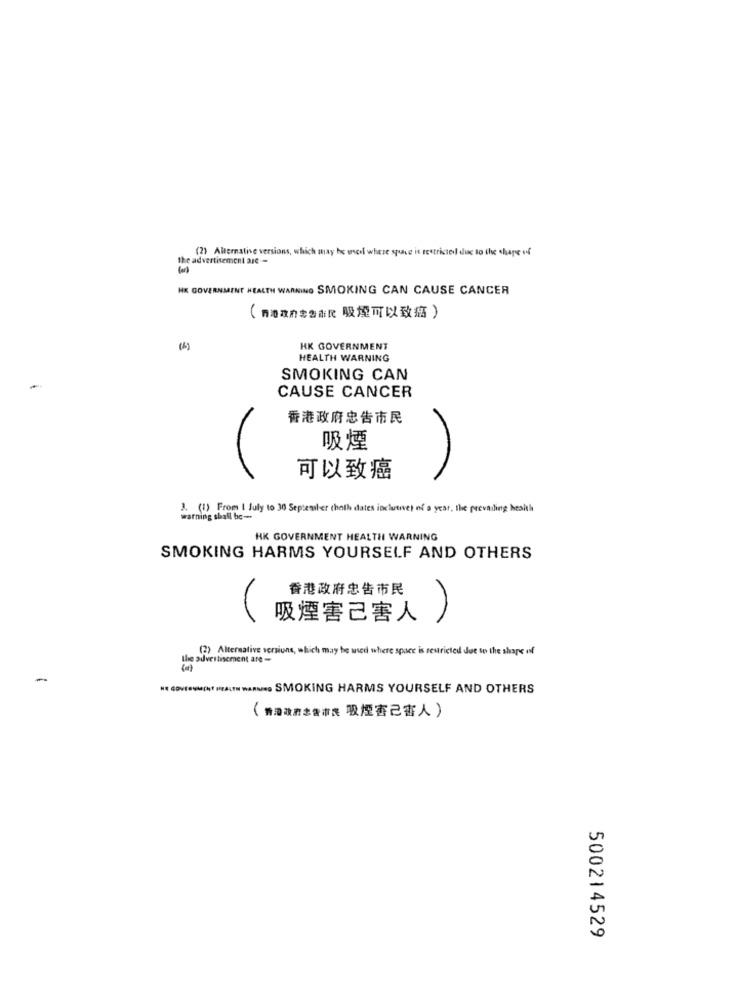
(2) Alternative versions, which may be wscel where space is restrictedl due to the shape of
the advertisement are .-
HK GOVERNMENT HEALTH WARNING SMOKING CAN CAUSE CANCER
(西港政府忠告市民 吸煙可以致癌)
(6)
HK GOVERNMENT
HEALTH WARNING
SMOKING CAN
CAUSE CANCER
香港政府忠告市民
吸煙
可以致癌
3. (1) From I July to 30 September thoth dates inclusive) of a year, the prevailing heaith
warning shall be-
HK GOVERNMENT HEALTH WARNING
SMOKING HARMS YOURSELF AND OTHERS
香港政府忠告市民
吸煙害己害人
(2) Alternative versions, which may be used where space is restricted due to the shape of
the advertisement are -
-
HEALTH WARNO SMOKING HARMS YOURSELF AND OTHERS
(對灣政府忠告市民 吸煙害己害人)
500214529